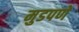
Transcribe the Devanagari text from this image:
मुडपणे